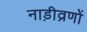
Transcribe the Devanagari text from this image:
नाड़ीव्रणों